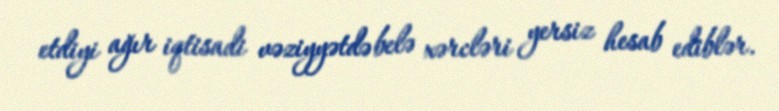
etdiyi ağır iqtisadi vəziyyətdə belə xərcləri yersiz hesab ediblər.